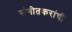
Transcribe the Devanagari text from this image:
संगीतकरांची